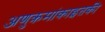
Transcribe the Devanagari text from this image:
अणुक्रमांकाइतकी